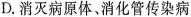
D.消灭病原体、消化管传染病